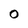
Character: 0